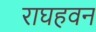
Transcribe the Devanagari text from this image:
राघहवन